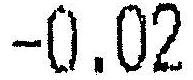
-0.02